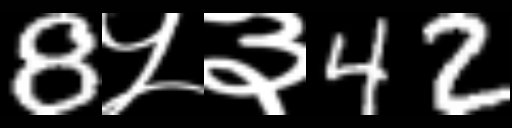
Text: 8५३42